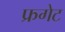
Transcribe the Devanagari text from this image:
फ्रगेट